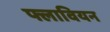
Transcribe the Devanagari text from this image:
फ्लावियन